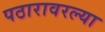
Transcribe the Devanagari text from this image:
पठारावरल्या